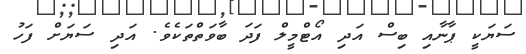
ސަޔަކީ ޕާނާއި ބިސް އަދި އޯޓްމީލް ފަދަ ބާވަތްތަކެވެ. އަދި ސަޔަށް ފަހު